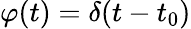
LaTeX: \varphi(t)=\delta(t-t_{0})